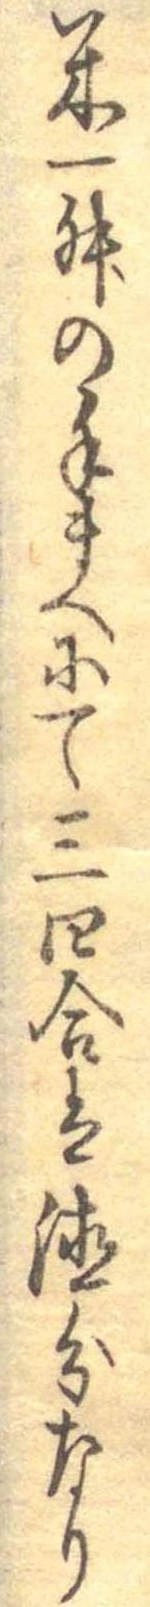
米一舛の手まへにて三四合は徳分なり